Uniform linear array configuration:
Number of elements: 12
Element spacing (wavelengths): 0.75
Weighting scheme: hann
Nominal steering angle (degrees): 45
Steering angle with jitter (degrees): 44.21
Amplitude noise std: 0.05
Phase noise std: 0.05

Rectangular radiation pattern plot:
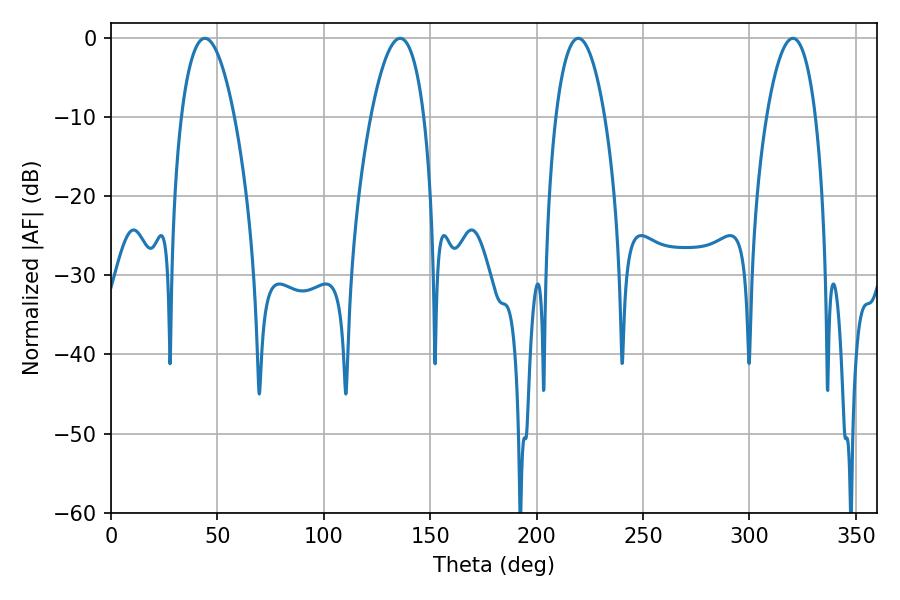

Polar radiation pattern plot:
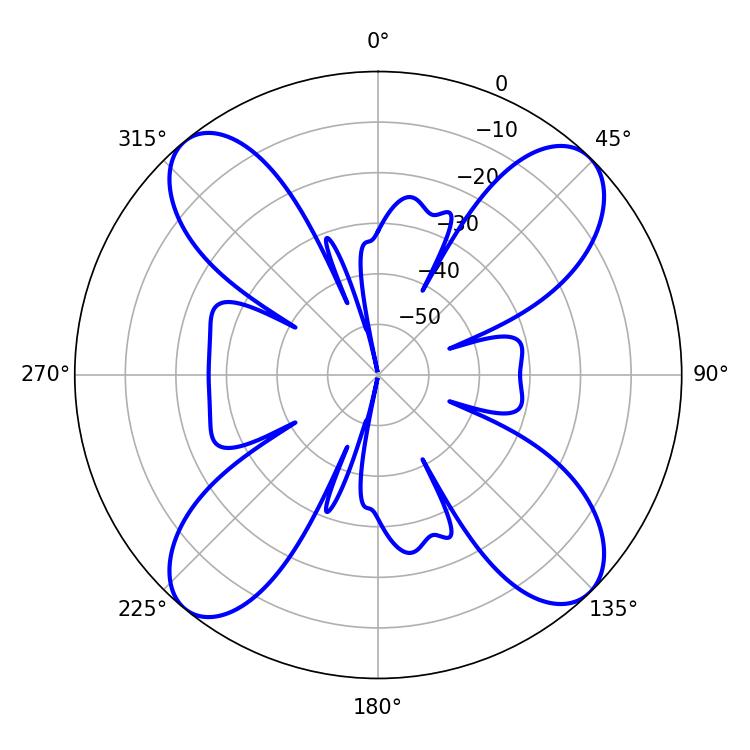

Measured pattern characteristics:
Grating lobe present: TRUE
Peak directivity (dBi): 15.582
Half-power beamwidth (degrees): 13.86
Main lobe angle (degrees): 44.1